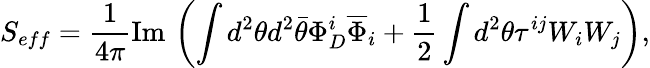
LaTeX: S_{eff}={\frac{1}{4\pi}}\mathrm{Im}\, \left(\int d^{2}\theta d^{2}\bar{\theta}\Phi_{D}^{i}\overline{{\Phi}}_{i}+{\frac{1}{2}}\int d^{2}\theta\tau^{ij}W_{i}W_{j}\right),